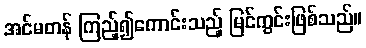
အင်မတန် ကြည့်၍ကောင်းသည့် မြင်ကွင်းဖြစ်သည်။